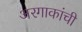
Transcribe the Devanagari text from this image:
अरगाकांची